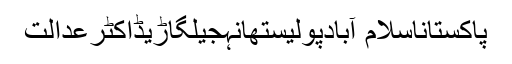
پاکستاناسلام آبادپولیستھانہجیلگاڑیڈاکٹرعدالت